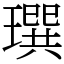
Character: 𤩄